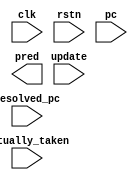
// perceptron.v

/* The perceptron predictor uses the simplest form of neural networks
 * (perceptron), instead of using two-bit counters.  Note that PC[1:0] is not
 * used when indexing into the table of perceptrons.
 *
 * D. Jimenez and C. Lin. "Dynamic Branch Prediction with Perceptrons" HPCA 2001.
 */

module perceptron #(
  parameter DATA_WIDTH = 32,
  parameter HIST_LEN = 25, // Since x0 is always 1, 26 weights will reside in the perceptron table 
  parameter NUM_ENTRIES = 32
) (
  input clk,
  input rstn,

  // update interface
  input update,
  input actually_taken,
  input [DATA_WIDTH-1:0] resolved_pc,

  // access interface
  input [DATA_WIDTH-1:0] pc,

  output reg pred
);

  // TODO: Implement the perceptron branch predictor
  // NOTE: DO NOT CHANGE the local parameters
  localparam INDEX_WIDTH     = $clog2(NUM_ENTRIES);
  localparam THRESHOLD       = $rtoi($floor(1.93 * HIST_LEN + 14));
  localparam WEIGHT_BITWIDTH = 1 + $clog2(THRESHOLD + 1);
  localparam WEIGHT_MAX      = $signed({1'b0, {WEIGHT_BITWIDTH-1{1'b1}}});
  localparam WEIGHT_MIN      = $signed({1'b1, {WEIGHT_BITWIDTH-1{1'b0}}});
  localparam OUTPUT_BITWIDTH = 1 + $clog2((HIST_LEN + 1) * WEIGHT_MAX + 1);

endmodule